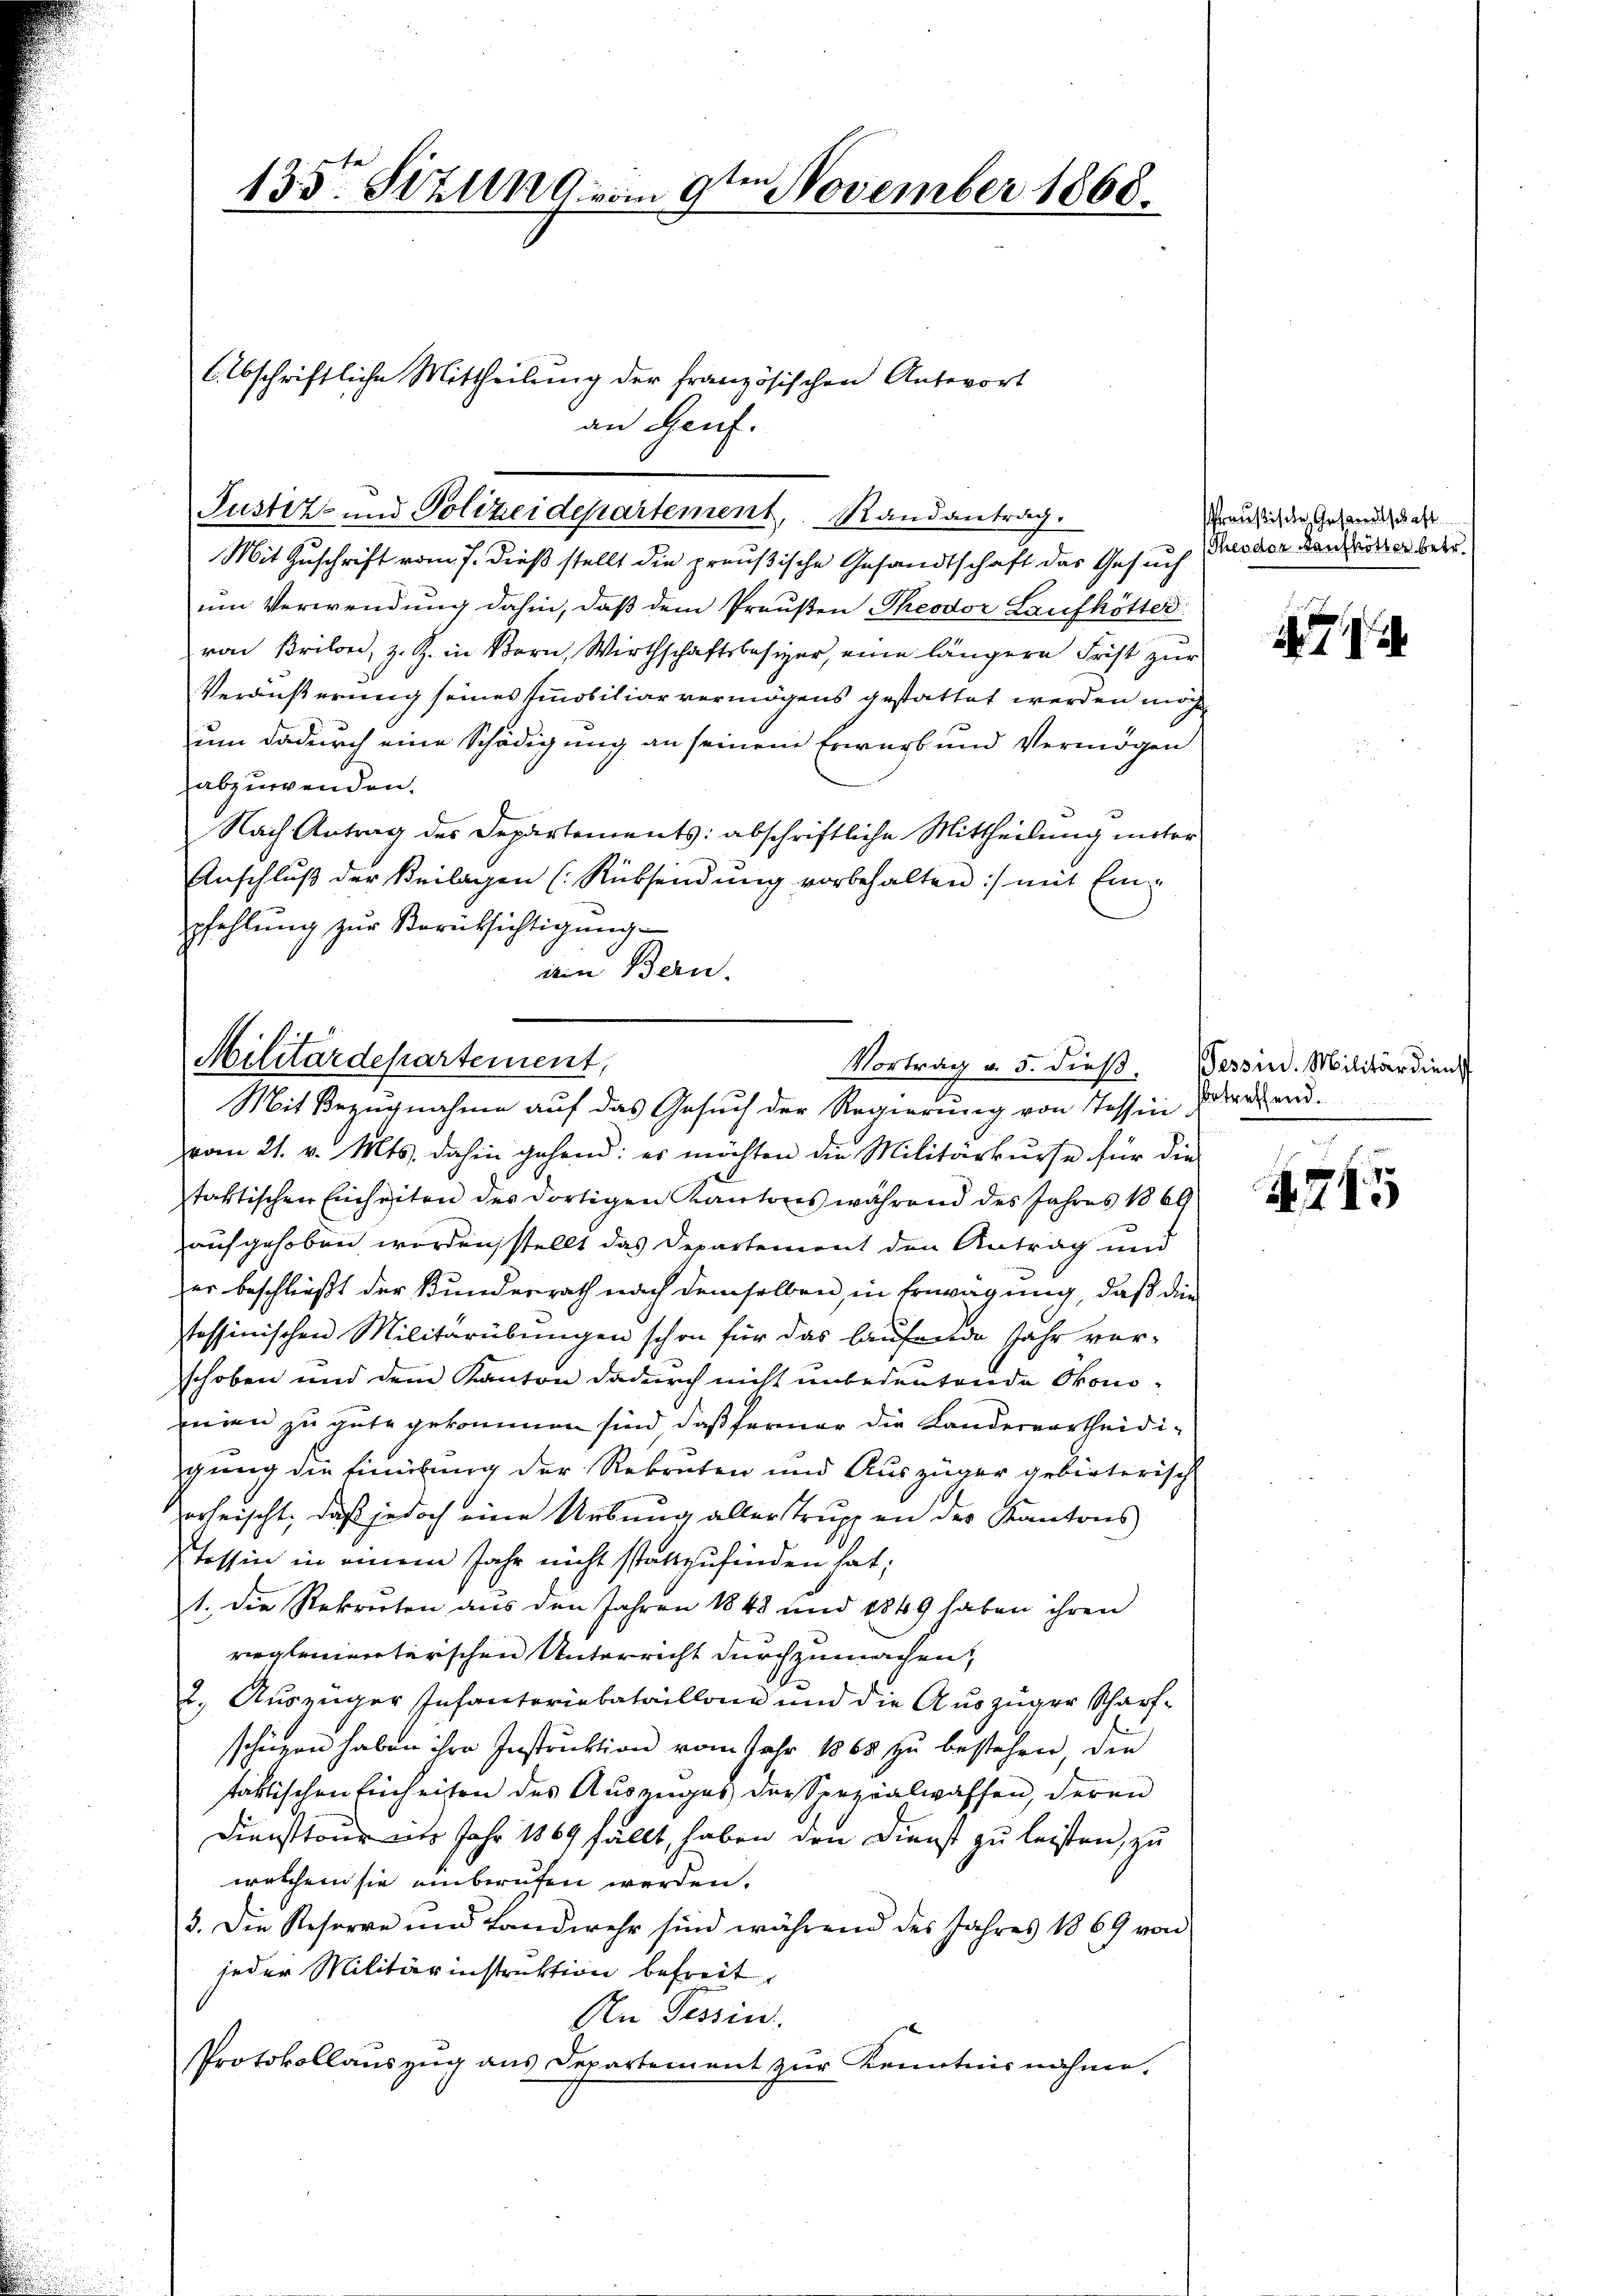
135. Sizung vom 9te͇n November 1868

Abschriftliche Mittheilung der französischen Antwort
an Genf.

Mit Zuschrift vom 7. dieß stellt die preußische Gesandtschaft das Gesuch
um Verwendung dahin, daß dem Preußen Theodor Laufkötter
von Brilon, z. Z. in Bern, Wirthschaftsbesizer, eine längere Frist zŭr
Veräußerung seines Immobiliar vermögens gestattet werden möchte
um dadurch eine Schädigung an seinem Erwarb und Vermögen
abzuwenden.
Nach Antrag des Departements: abschriftliche Mittheilung unter
Anschluß der Beilagen (Rücksendung vorbehalten :/ mit Einpfehlung zur Verücksichtigung
din Bern.

Justiz- und Polizeidepartement, Randantrag.

Militärdepartement,
Vortrag v. 5. dieß.
Mit Bezugnahme auf das Gesuch der Regierung von Tessin¬

vom 21. v. Mts. dahin gehend: es möchten die Militärkurse für die
staktischen Einheiten des dortigen Kantons während des Jahres 1869
aufgehoben werden, stellt das Departement den Antrag und
er beschließt der Kundesrath nach demselben, in Erwägung, daß die
stessinischen Militärübungen schon für das laufende Jahr ver-
schoben und dem Kanton dadurch nicht unbedeutende Okono-
mien zu gute gekommen sind, daß ferner die Landervortheidigung die Finütung der Rekruten und Auszüger gebieterisch
orheischt, daß jedoch eine Uebung aller truppen des Kantons
Tessin in einem Jahr nicht stattzufinden hat;
1. Die Rekreten aus den Jahren 1848 und 1849 haben ihren
vergleniereterschen Unterricht durchzumachen,
2. Auszüger Infanteriabataillone und die Auszüger Scharfschüren haben ihre Instruktion vom Jahr 1865 zu bestehen die
taktischen Einheiten des Auszuges der Spezialwaffen, deren
Diensttour mit Jahr 1869 fällt, haben den Dienst zu leisten, zu
welchem sie einberufen werden.
5. Die Reserve und Landwehr sind während des Jahres 1869 von
jeder Militärinstruktion befreit.
An Tessin
Protokollauszug aus Departement zur Kenntnisnahme.

Preußische, Gesandtschaft
Theodor Raufhötter betr.

Tessin. Militärdienst
betreffend.

745